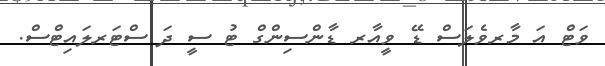
ވަޓް އަ މާރވެލަސް ޑޭ ވީއާރ ޑާންސިންގް ޓު ސީ ދަ ސްޓަރލައިޓްސް.